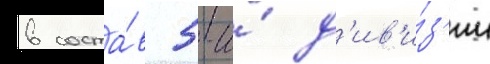
в соста́в 5-и́ д'ив'и́з'ии